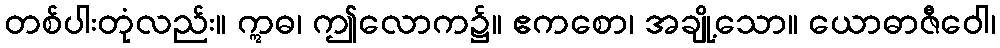
တစ်ပါးတုံလည်း။ ဣဓ၊ ဤလောက၌။ ဧကစော၊ အချို့သော။ ယောဓာဇီဝေါ၊